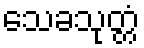
သေခသုတ္တံ